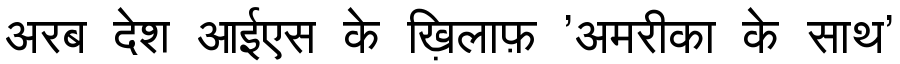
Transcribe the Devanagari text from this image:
अरब देश आईएस के ख़िलाफ़ 'अमरीका के साथ'